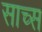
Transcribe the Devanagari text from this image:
साच्स